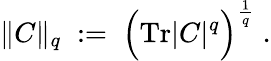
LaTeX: \| C\| _{q}\; :=\; \Big(\mathrm{Tr}|C|^{q}\Big)^{\frac{1}{q}}\; .